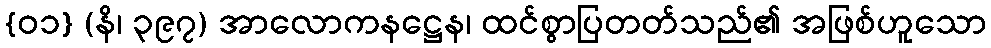
{၀၁} (နိ၊ ၃၉၇) အာလောကနဋ္ဌေန၊ ထင်စွာပြတတ်သည်၏ အဖြစ်ဟူသော